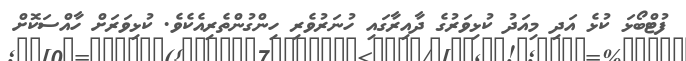
ފުޓްބޯޅަ ކުޅެ އަދި މިއަދު ކުޅިވަރުގެ ދާއިރާގައި ހުނަރުވެރި ހިންގުންތެރިއެކެވެ. ކުޅިވަރަށް ހާއްސަކޮށް